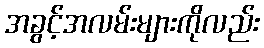
အခွင့်အလမ်းများကိုလည်း